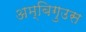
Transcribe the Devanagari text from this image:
अम्बिगुउस